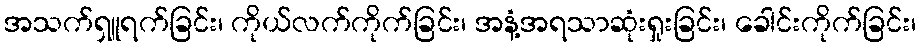
အသက်ရှူရက်ခြင်း၊ ကိုယ်လက်ကိုက်ခြင်း၊ အနံ့အရသာဆုံးရှုးခြင်း၊ ခေါင်းကိုက်ခြင်း၊